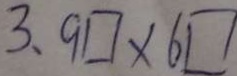
3 、 9 \square \times 6 \square